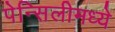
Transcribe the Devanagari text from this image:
पेन्सिलीमध्ये